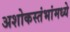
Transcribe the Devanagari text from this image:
अशोकस्तंभांमध्ये